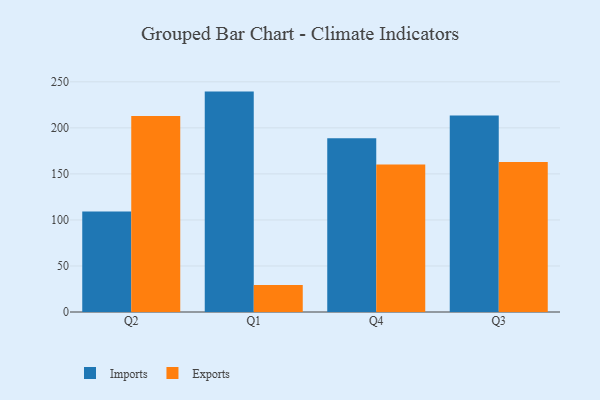
{"axis": {"x": "Quarter", "y": "Net Income (USD K)"}, "legend": ["Exports", "Imports"], "data": [{"x": "Q2", "y": 109.1, "type": "Imports"}, {"x": "Q2", "y": 212.8, "type": "Exports"}, {"x": "Q1", "y": 239.4, "type": "Imports"}, {"x": "Q1", "y": 29.3, "type": "Exports"}, {"x": "Q4", "y": 188.8, "type": "Imports"}, {"x": "Q4", "y": 160.1, "type": "Exports"}, {"x": "Q3", "y": 213.4, "type": "Imports"}, {"x": "Q3", "y": 162.9, "type": "Exports"}]}